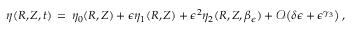
\eta ( R , Z , t ) \, = \, \eta _ { 0 } ( R , Z ) + \epsilon \eta _ { 1 } ( R , Z ) + \epsilon ^ { 2 } \eta _ { 2 } ( R , Z , \beta _ { \epsilon } ) + \mathcal { O } \bigl ( \delta \epsilon + \epsilon ^ { \gamma _ { 3 } } \bigr ) \, ,